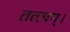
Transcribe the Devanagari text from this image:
तत्त्‍वम्।